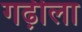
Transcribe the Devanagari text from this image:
गढ़ीला